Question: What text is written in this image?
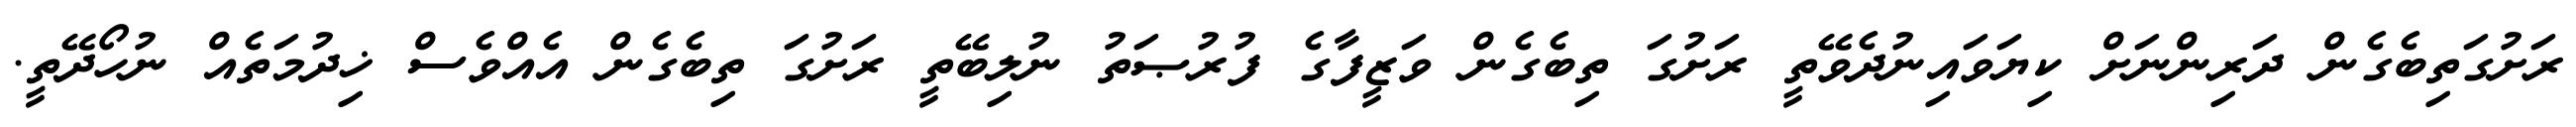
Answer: ރަށުގަތިބެގެން ދަރިންނަށް ކިޔަވައިނުދެވޭތީ ރަށުގަ ތިބެގެން ވަޒީފާގެ ފުރުޞަތު ނުލިބޭތީ ރަށުގަ ތިބެގެން އެއްވެސް ޚިދުމަތެއް ނުހޯދޭތީ.